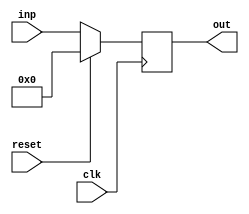
module regN #(
    parameter N = 32
) (
    clk,
    reset,
    inp,
    out
);
  input clk, reset;
  output reg [N-1:0] out;
  input [N-1:0] inp;
  always @(posedge clk) begin
    if (reset) out <= 1'b0;
    else out <= inp;
  end
endmodule